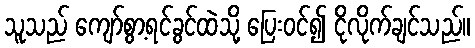
သူသည် ကျော်စွာ့ရင်ခွင်ထဲသို့ ပြေးဝင်၍ ငိုလိုက်ချင်သည်။